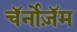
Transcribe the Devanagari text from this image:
चॅर्नोज़ॅम